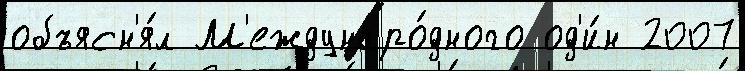
объясн'я́л М'еждунаро́дного од'и́н 2007